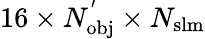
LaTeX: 16\times N_{\mathrm{{obj}}}^{'}\times N_{\mathrm{{slm}}}